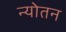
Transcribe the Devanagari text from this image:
न्योतन